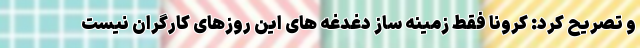
و تصریح کرد: کرونا فقط زمینه ساز دغدغه های این روزهای کارگران نیست